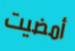
أمضيت